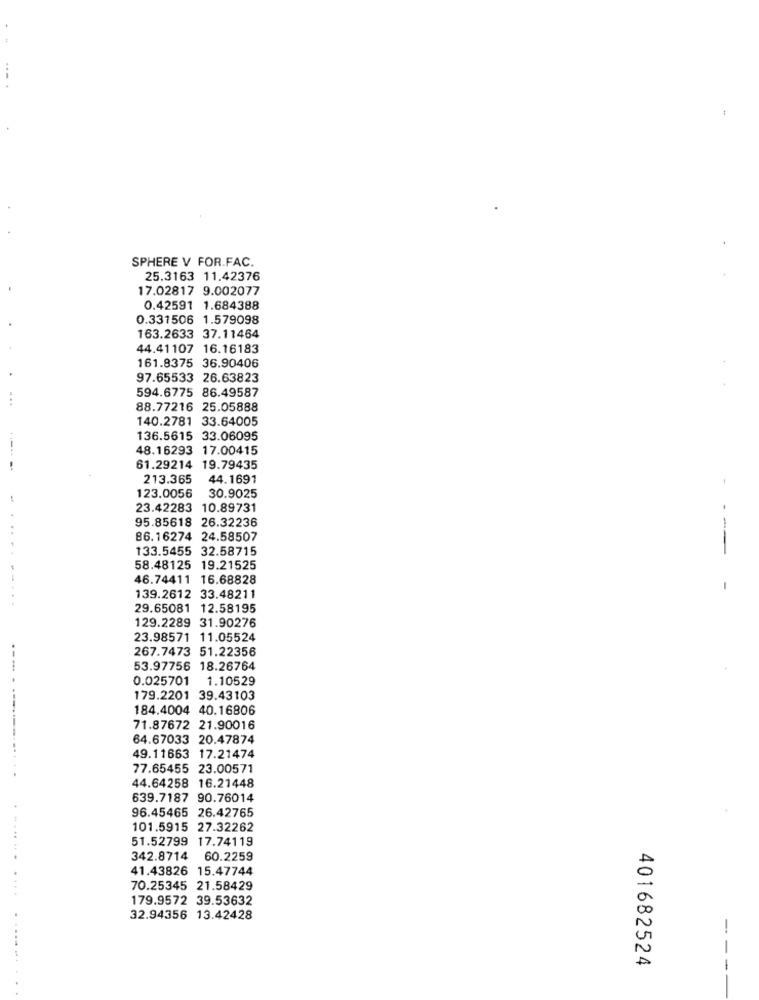
SPHERE V FOR.FAC.
25.3163 11.42376
17.02817 9.002077
0.42591 1.684388
0.331506 1.579098
163.2633 37.11464
44.41107 16.16183
161.8375 36.90406
97.65533 26.63823
594.6775 86.49587
88.77216 25.05888
140.2781 33.64005
136.5615 33.06095
48.16293 17.00415
61.29214 19.79435
213.365
44.1691
123.0056
30.9025
23.42283 10.89731
95.85618 26.32236
- -
86.16274 24.58507
....
133.5455 32.58715
-
58.48125 19.21525
46.74411 16.68828
--...
139.2612 33.48211
29.65081 12.58195
129.2289 31.90276
23.98571 11.05524
267.7473 51.22356
53.97756 18.26764
0.025701 1.10529
179.2201 39.43103
184.4004 40.16806
71.87672 21.90016
64.67033 20.47874
49.11663 17.21474
.-... . .-..........
77.65455 23.00571
44.64258 16.21448
639.7187 90.76014
96.45465 26.42765
101.5915 27.32262
51.52799 17.74119
342.8714 60.2259
41.43826 15.47744
70.25345 21.58429
.....
179.9572 39.53632
32.94356 13.42428
.......
401682524
---